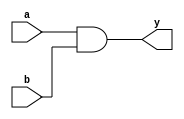
//2 input and gate model
module and2(
    input a,
    input b,
    output y
);

assign y = a & b;
endmodule